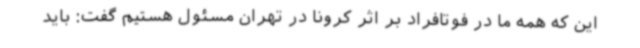
این که همه ما در فوتافراد بر اثر کرونا در تهران مسئول هستیم گفت: باید